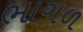
ભાગળ